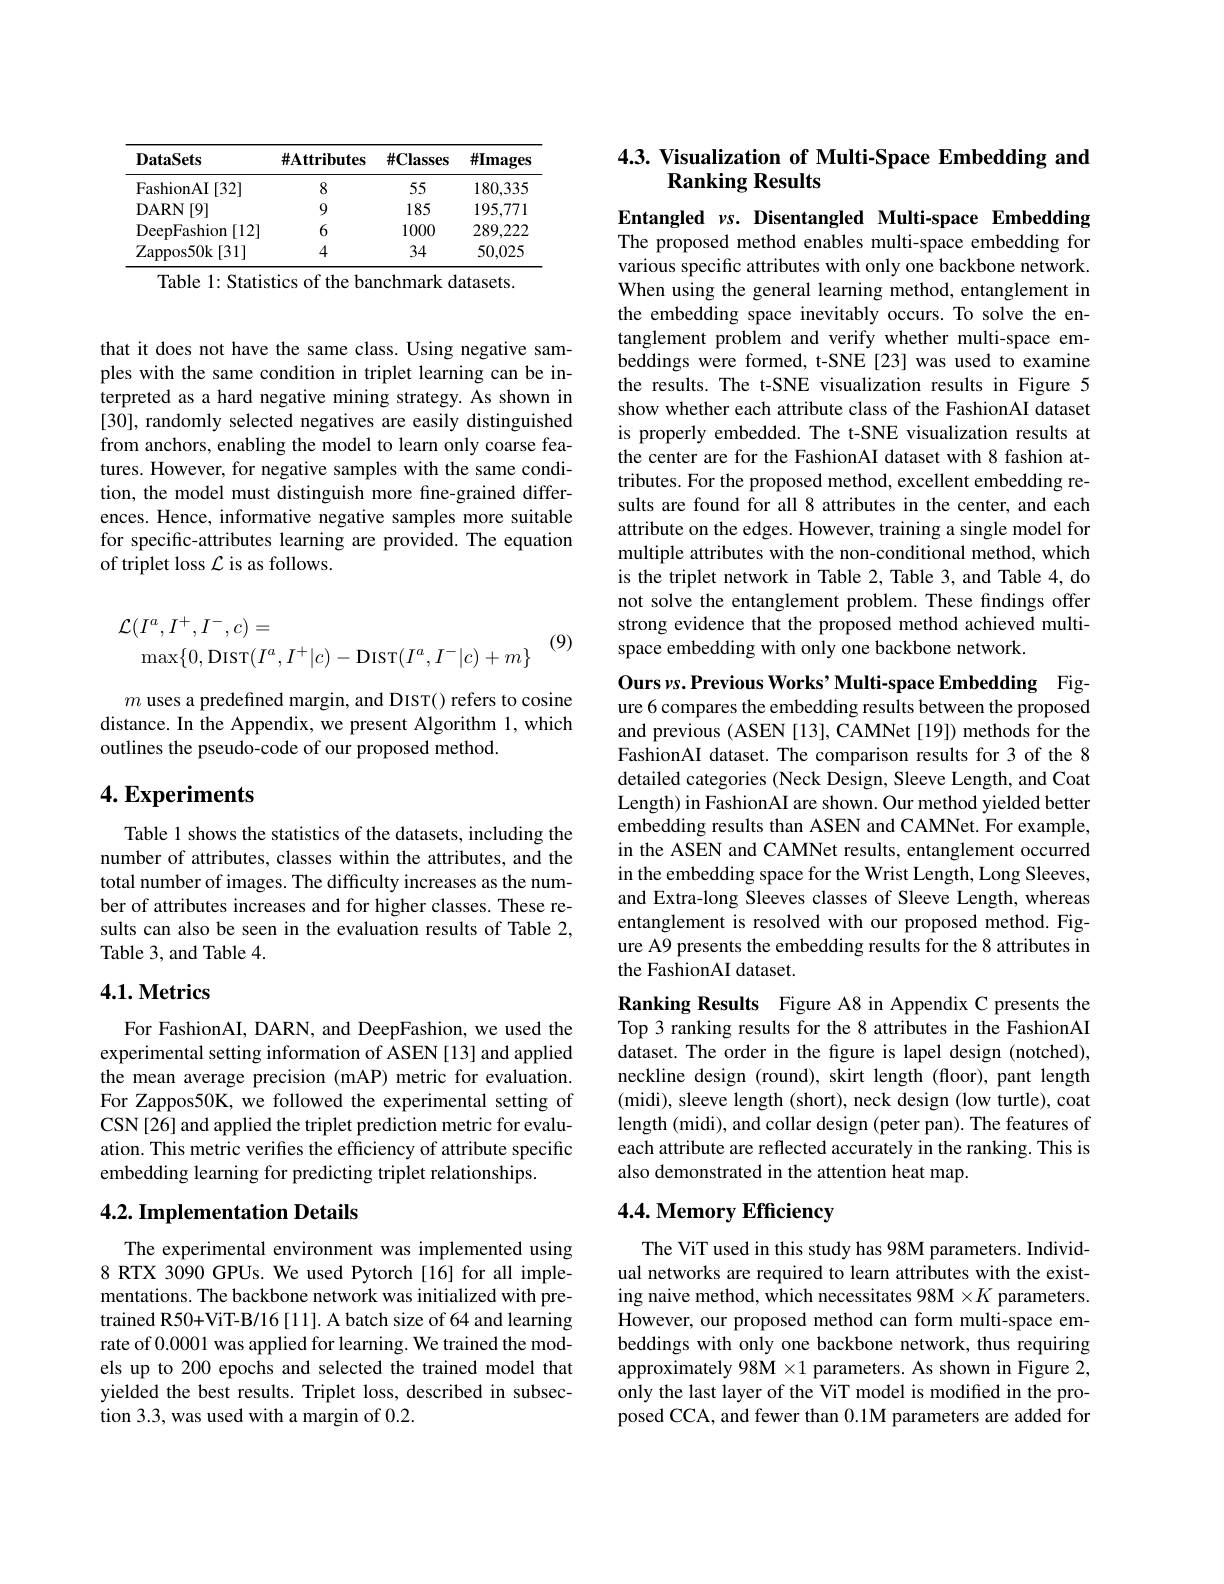
<table>
	<tbody>
		<tr>
			<th>DataSets</th>
			<th>$\#\mathbf{A}$ttributes</th>
			<th>$\#\mathbf{Classes}$</th>
			<th>$\#$Images</th>
		</tr>
		<tr>
			<td>FashionAI [32] </td>
			<td>8</td>
			<td>55</td>
			<td>180,335</td>
		</tr>
		<tr>
			<td>DARN I [9]</td>
			<td>9</td>
			<td>185</td>
			<td>195,771</td>
		</tr>
		<tr>
			<td>DeepFashion [12]</td>
			<td>6</td>
			<td>1000</td>
			<td>289,222</td>
		</tr>
		<tr>
			<td>Zappos50k [31]</td>
			<td>4</td>
			<td>34</td>
			<td>50,025</td>
		</tr>
	</tbody>
</table>
Table 1: Statistics of the banchmark datasets.

that it does not have the same class. Using negative samples with the same condition in triplet learning can be interpreted as a hard negative mining strategy. As shown in [30], randomly selected negatives are easily distinguished from anchors, enabling the model to learn only coarse features. However, for negative samples with the same condition, the model must distinguish more fine-grained differences. Hence, informative negative samples more suitable for specific-attributes learning are provided. The equation of triplet loss $\mathcal{L}$ is as follows.

(9)
$$\begin{array}{c}\mathcal{L}(I^a,I^+,I^-,c)=\\\max\{0,\mathrm{DIST}(I^a,I^+|c)-\mathrm{DIST}(I^a,I^-|c)+m\}\end{array}$$
$m$ uses a predefined margin, and DIST() refers to cosine distance. In the Appendix, we present Algorithm 1, which outlines the pseudo-code of our proposed method.

## $4. \textbf{Experiments}$

Table 1 shows the statistics of the datasets, including the number of attributes, classes within the attributes, and the total number of images. The difficulty increases as the number of attributes increases and for higher classes. These results can also be seen in the evaluation results of Table 2, Table 3, and Table 4.

## 4.1. Metrics

For FashionAI, DARN, and DeepFashion, we used the experimental setting information of ASEN [13] and applied the mean average precision (mAP) metric for evaluation. For Zappos50K, we followed the experimental setting of CSN[26] and applied the triplet prediction metric for evaluation. This metric verifes the efficiency of attribute specific embedding learning for predicting triplet relationships.

## 4.2. Implementation Details

The experimental environment was implemented using 8 RTX 3090 GPUs. We used Pytorch [16] for all implementations. The backbone network was initialized with pretrained R50+ViT-B/16[11]. A batch size of 64 and learning rate of 0.0001 was applied for learning. We trained the models up to 200 epochs and selected the trained model that yielded the best results. Triplet loss, described in subsection 3.3, was used with a margin of 0.2.

## 4.3. Visualization of Multi-Space Embedding and Ranking Results

Entangled $vs.$ Disentangled Multi-space Embedding The proposed method enables multi-space embedding for various specific attributes with only one backbone network. When using the general learning method, entanglement in the embedding space inevitably occurs. To solve the entanglement problem and verify whether multi-space embeddings were formed, t-SNE[23] was used to examine the results. The t-SNE visualization results in Figure 5 show whether each attribute class of the FashionAI dataset is properly embedded. The t-SNE visualization results at the center are for the FashionAI dataset with 8 fashion attributes. For the proposed method, excellent embedding results are found for all 8 attributes in the center, and each attribute on the edges. However, training a single model for multiple attributes with the non-conditional method, which is the triplet network in Table 2, Table 3, and Table 4, do not solve the entanglement problem. These findings offer strong evidence that the proposed method achieved multispace embedding with only one backbone network.

Ours $v$s.Previous Works' Multi-space Embedding Fig-

ure 6 compares the embedding results between the proposed and previous (ASEN [13], CAMNet [19]) methods for the FashionAI dataset. The comparison results for 3 of the 8 detailed categories (Neck Design, Sleeve Length, and Coat Length) in FashionAI are shown. Our method yielded better embedding results than ASEN and CAMNet. For example, in the ASEN and CAMNet results, entanglement occurred in the embedding space for the Wrist Length, Long Sleeves, and Extra-long Sleeves classes of Sleeve Length, whereas entanglement is resolved with our proposed method. Figure A9 presents the embedding results for the 8 attributes in the FashionAI dataset.

Ranking Results Figure A8 in Appendix C presents the Top 3 ranking results for the 8 attributes in the FashionAI dataset. The order in the figure is lapel design (notched), neckline design (round), skirt length (floor), pant length (midi), sleeve length (short), neck design (low turtle), coat length (midi), and collar design (peter pan). The features of each attribute are reflected accurately in the ranking. This is also demonstrated in the attention heat map.

## 4.4. Memory Efficiency

The ViT used in this study has 98M parameters. Individual networks are required to learn attributes with the existing naive method, which necessitates 98M $\times K$ parameters. However, our proposed method can form multi-space embeddings with only one backbone network, thus requiring approximately 98M $\times1$ parameters. As shown in Figure 2, only the last layer of the ViT model is modified in the proposed CCA, and fewer than 0.1M parameters are added for